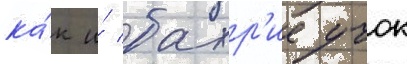
ка́к и́ бахр'ие учок